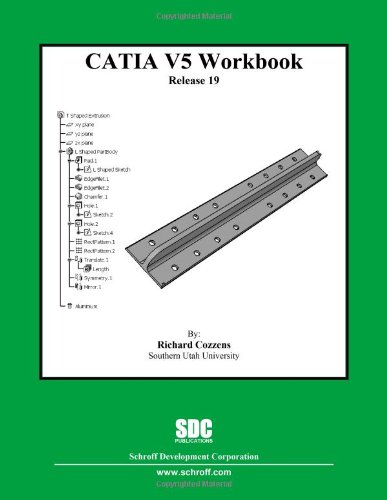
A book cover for CATIA V5 Workbook Release 19; Richard Cozzens; Computers & Technology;